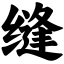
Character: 缝